Civil Veterinary Department. Central Provinces & Berar 1925-31 - 1925-1931
Year: 1925
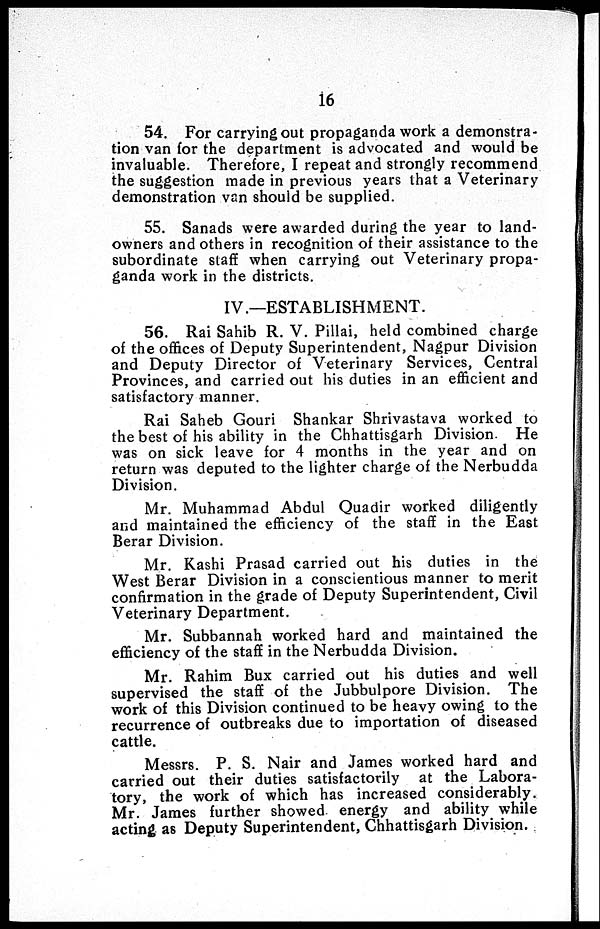
16
54. For carrying out propaganda work a demonstra-
tion van for the department is advocated and would be
invaluable. Therefore, I repeat and strongly recommend
the suggestion made in previous years that a Veterinary
demonstration van should be supplied.
55. Sanads were awarded during the year to land-
owners and others in recognition of their assistance to the
subordinate staff when carrying out Veterinary propa-
ganda work in the districts.
IV.—ESTABLISHMENT.
56. Rai Sahib R. V. Pillai, held combined charge
of the offices of Deputy Superintendent, Nagpur Division
and Deputy Director of Veterinary Services, Central
Provinces, and carried out his duties in an efficient and
satisfactory manner.
Rai Saheb Gouri Shankar Shrivastava worked to
the best of his ability in the Chhattisgarh Division. He
was on sick leave for 4 months in the year and on
return was deputed to the lighter charge of the Nerbudda
Division.
Mr. Muhammad Abdul Quadir worked diligently
and maintained the efficiency of the staff in the East
Berar Division.
Mr. Kashi Prasad carried out his duties in the
West Berar Division in a conscientious manner to merit
confirmation in the grade of Deputy Superintendent, Civil
Veterinary Department.
Mr. Subbannah worked hard and maintained the
efficiency of the staff in the Nerbudda Division.
Mr. Rahim Bux carried out his duties and well
supervised the staff of the Jubbulpore Division. The
work of this Division continued to be heavy owing to the
recurrence of outbreaks due to importation of diseased
cattle.
Messrs. P. S. Nair and James worked hard and
carried out their duties satisfactorily at the Labora-
tory, the work of which has increased considerably.
Mr. James further showed energy and ability while
acting as Deputy Superintendent, Chhattisgarh Division.